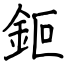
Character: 鉕